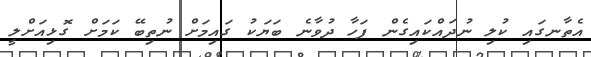
އެތާނގައި ކުލި ނުދައްކައިގެން ފަހާ ދުވާނެ ބަޔަކު ގައިމަށް ނުތިބޭ ކަމަށް ގޮޅިއަށްލީ